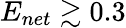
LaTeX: E_{net}\gtrsim 0.3